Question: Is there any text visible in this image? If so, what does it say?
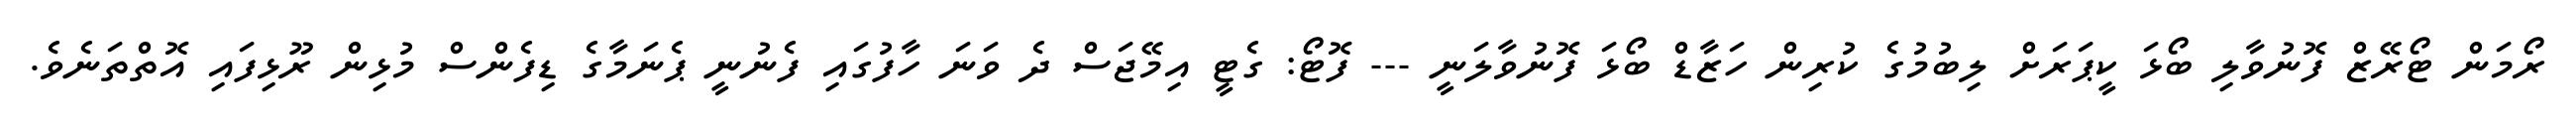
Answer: ރޯމަން ޓޯރޭޒް ފޮނުވާލި ބޯޅަ ކީޕަރަށް ލިބުމުގެ ކުރިން ހަޒާޑް ބޯޅަ ފޮނުވާލަނީ --- ފޮޓޯ: ގެޓީ އިމޭޖަސް ދެ ވަނަ ހާފުގައި ފެނުނީ ޕެނަމާގެ ޑިފެންސް މުޅިން ރޫޅިފައި އޮތްތަނެވެ.